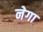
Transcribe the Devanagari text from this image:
नेगा